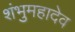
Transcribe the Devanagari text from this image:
शंभुमहादेव